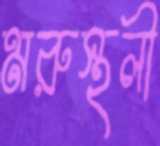
মরুস্থলী